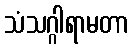
သံသဂ္ဂါရာမတာ